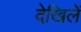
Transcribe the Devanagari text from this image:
देखिलें